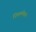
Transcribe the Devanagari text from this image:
निकम्मेपन